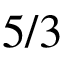
5 / 3